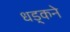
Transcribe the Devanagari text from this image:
धड़्कने